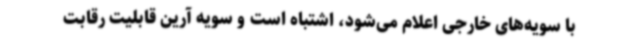
با سویه‌های خارجی اعلام می‌شود، اشتباه است و سویه آرین قابلیت رقابت